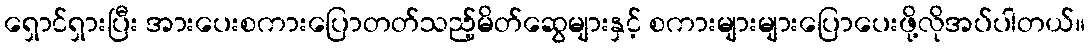
ရှောင်ရှားပြီး အားပေးစကားပြောတတ်သည့်မိတ်ဆွေများနှင့် စကားများများပြောပေးဖို့လိုအပ်ပါတယ်။